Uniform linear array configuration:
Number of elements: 12
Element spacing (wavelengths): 0.5
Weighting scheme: exponential
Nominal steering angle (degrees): -15
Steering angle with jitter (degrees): -14.074
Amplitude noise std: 0.05
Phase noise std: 0.05

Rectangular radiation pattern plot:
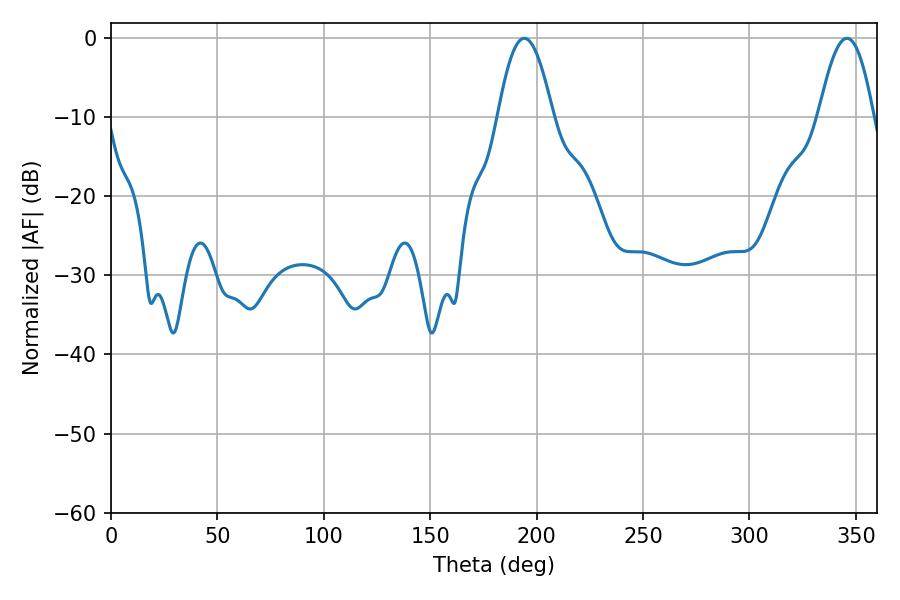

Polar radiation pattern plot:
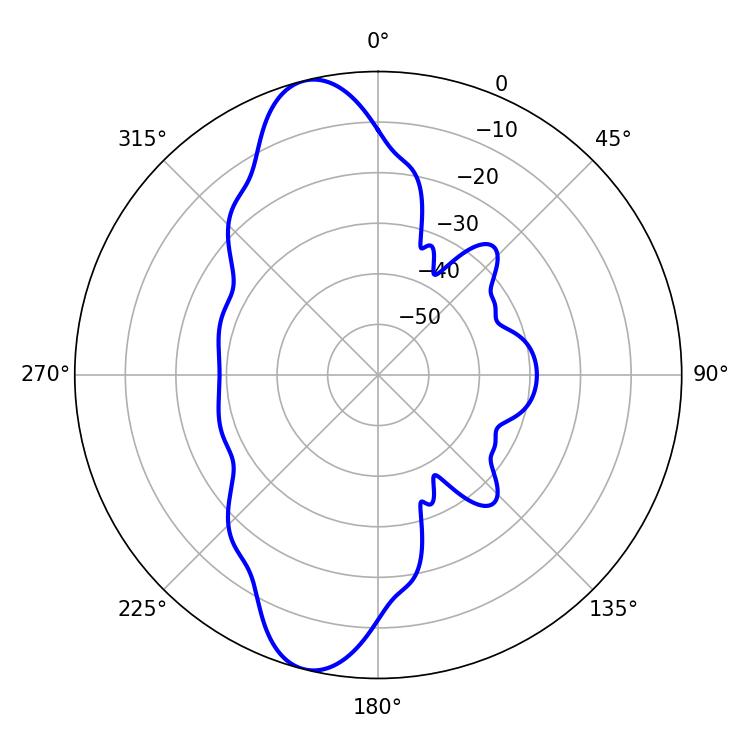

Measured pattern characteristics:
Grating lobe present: FALSE
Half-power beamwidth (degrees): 14.04
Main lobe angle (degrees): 194.22